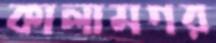
কালামগর